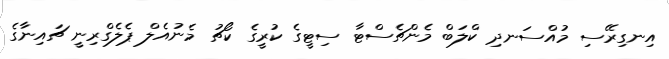
އިނގިރޭސި މުއްސަނދި ކްލަބް މެންޗެސްޓާ ސިޓީގެ ކުރީގެ ކޯޗު މެނުއެލް ޕެލެގްރިނީ ޗައިނާގެ